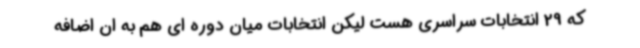
که 29 انتخابات سراسری هست لیکن انتخابات میان دوره ای هم به ان اضافه